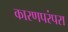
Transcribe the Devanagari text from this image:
कारणपरंपरा